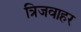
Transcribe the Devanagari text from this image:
त्रिजवाहर